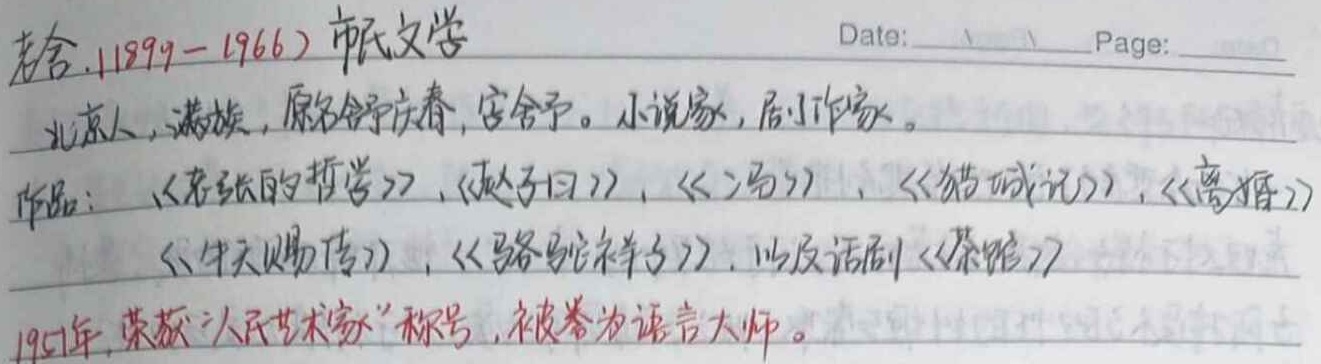
老舍（1899 - 1966）市民文学北京人，满族，原名舒庆春，字舍予。小说家，剧作家。作品：《老张的哲学》，《赵子日》，《二马》，《猫城记》，《离婚》，《牛天赐传》，《骆驼祥子》，以及话剧《茶馆》。1951年，荣获“人民艺术家”称号，被誉为语言大师。